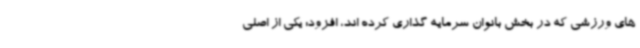
های ورزشی که در بخش بانوان سرمایه گذاری کرده اند، افزود: یکی از اصلی